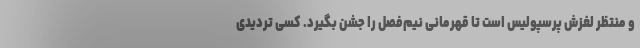
و منتظر لغزش پرسپولیس است تا قهرمانی نیم‌فصل را جشن بگیرد. کسی تردیدی